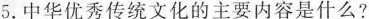
5.中华优秀传统文化的主要内容是什么?